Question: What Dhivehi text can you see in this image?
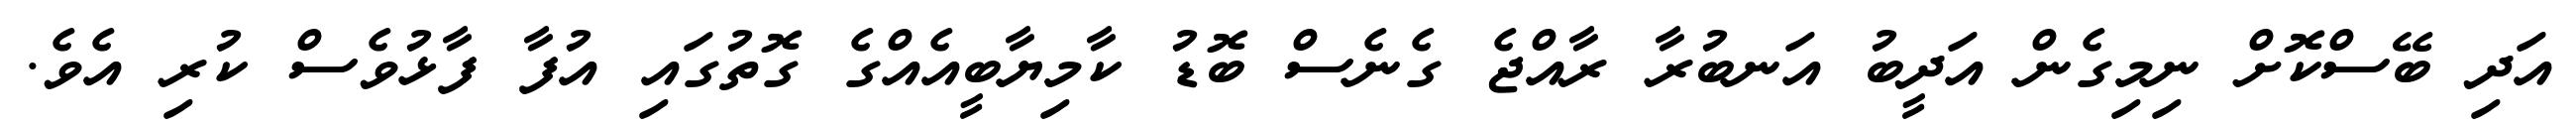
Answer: އަދި ބޭސްކޮށް ނިމިގެން އަދީބު އަނބުރާ ރާއްޖެ ގެނެސް ބޮޑު ކާމިޔާބީއެއްގެ ގޮތުގައި އުފާ ފާޅުވެސް ކުރި އެވެ.